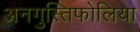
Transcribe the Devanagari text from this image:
अनगुस्तिफोलिया